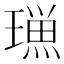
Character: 𭹿